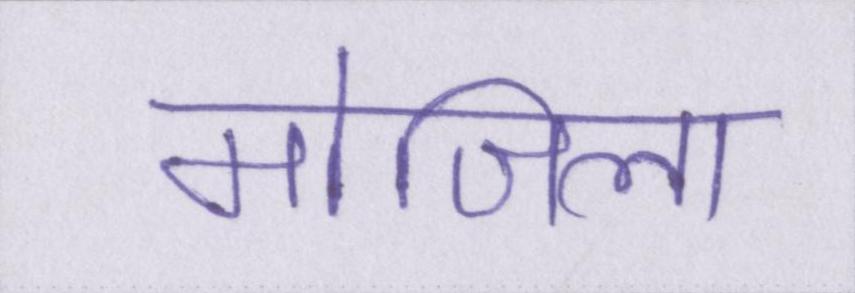
मोजिला